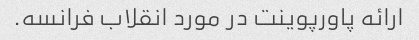
ارائه پاورپوینت در مورد انقلاب فرانسه.